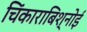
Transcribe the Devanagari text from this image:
चिंकाराबिश्नोई